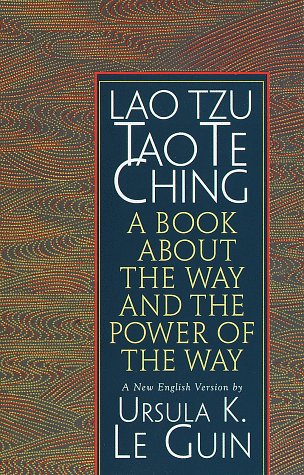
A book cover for Lao Tzu : Tao Te Ching : A Book About the Way and the Power of the Way; Ursula K. Le Guin; Religion & Spirituality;